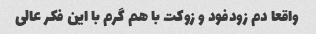
واقعا دم زودفود و زوکت با هم گرم با این فکر عالی